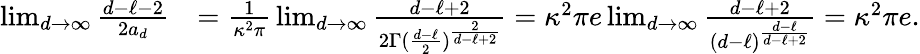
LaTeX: \begin{array}{rl}{\operatorname*{lim}_{d\to\infty}{\frac{d-\ell-2}{2a_{d}}}}&{={\frac{1}{\kappa^{2}\pi}}\operatorname*{lim}_{d\to\infty}{\frac{d-\ell+2}{2\Gamma({\frac{d-\ell}{2}})^{\frac{2}{d-\ell+2}}}}=\kappa^{2}\pi e\operatorname*{lim}_{d\to\infty}{\frac{d-\ell+2}{(d-\ell)^{\frac{d-\ell}{d-\ell+2}}}}=\kappa^{2}\pi e.}\end{array}